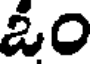
ఓం